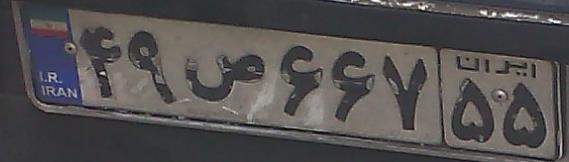
۴۹ص۶۶۷۵۵